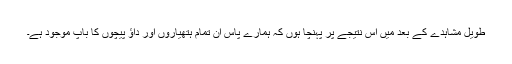
طویل مشاہدے کے بعد میں اس نتیجے پر پہنچا ہوں کہ ہمارے پاس ان تمام ہتھیاروں اور داؤ پیچوں کا باپ موجود ہے۔